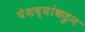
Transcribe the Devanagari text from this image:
पेशव्यांकडुन